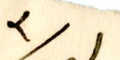
٣